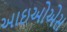
આઇઓએસ